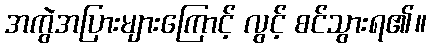
အကွဲအပြားများကြောင့် လွင့် စင်သွားရ၏။